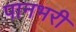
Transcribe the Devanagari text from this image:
पानभरी